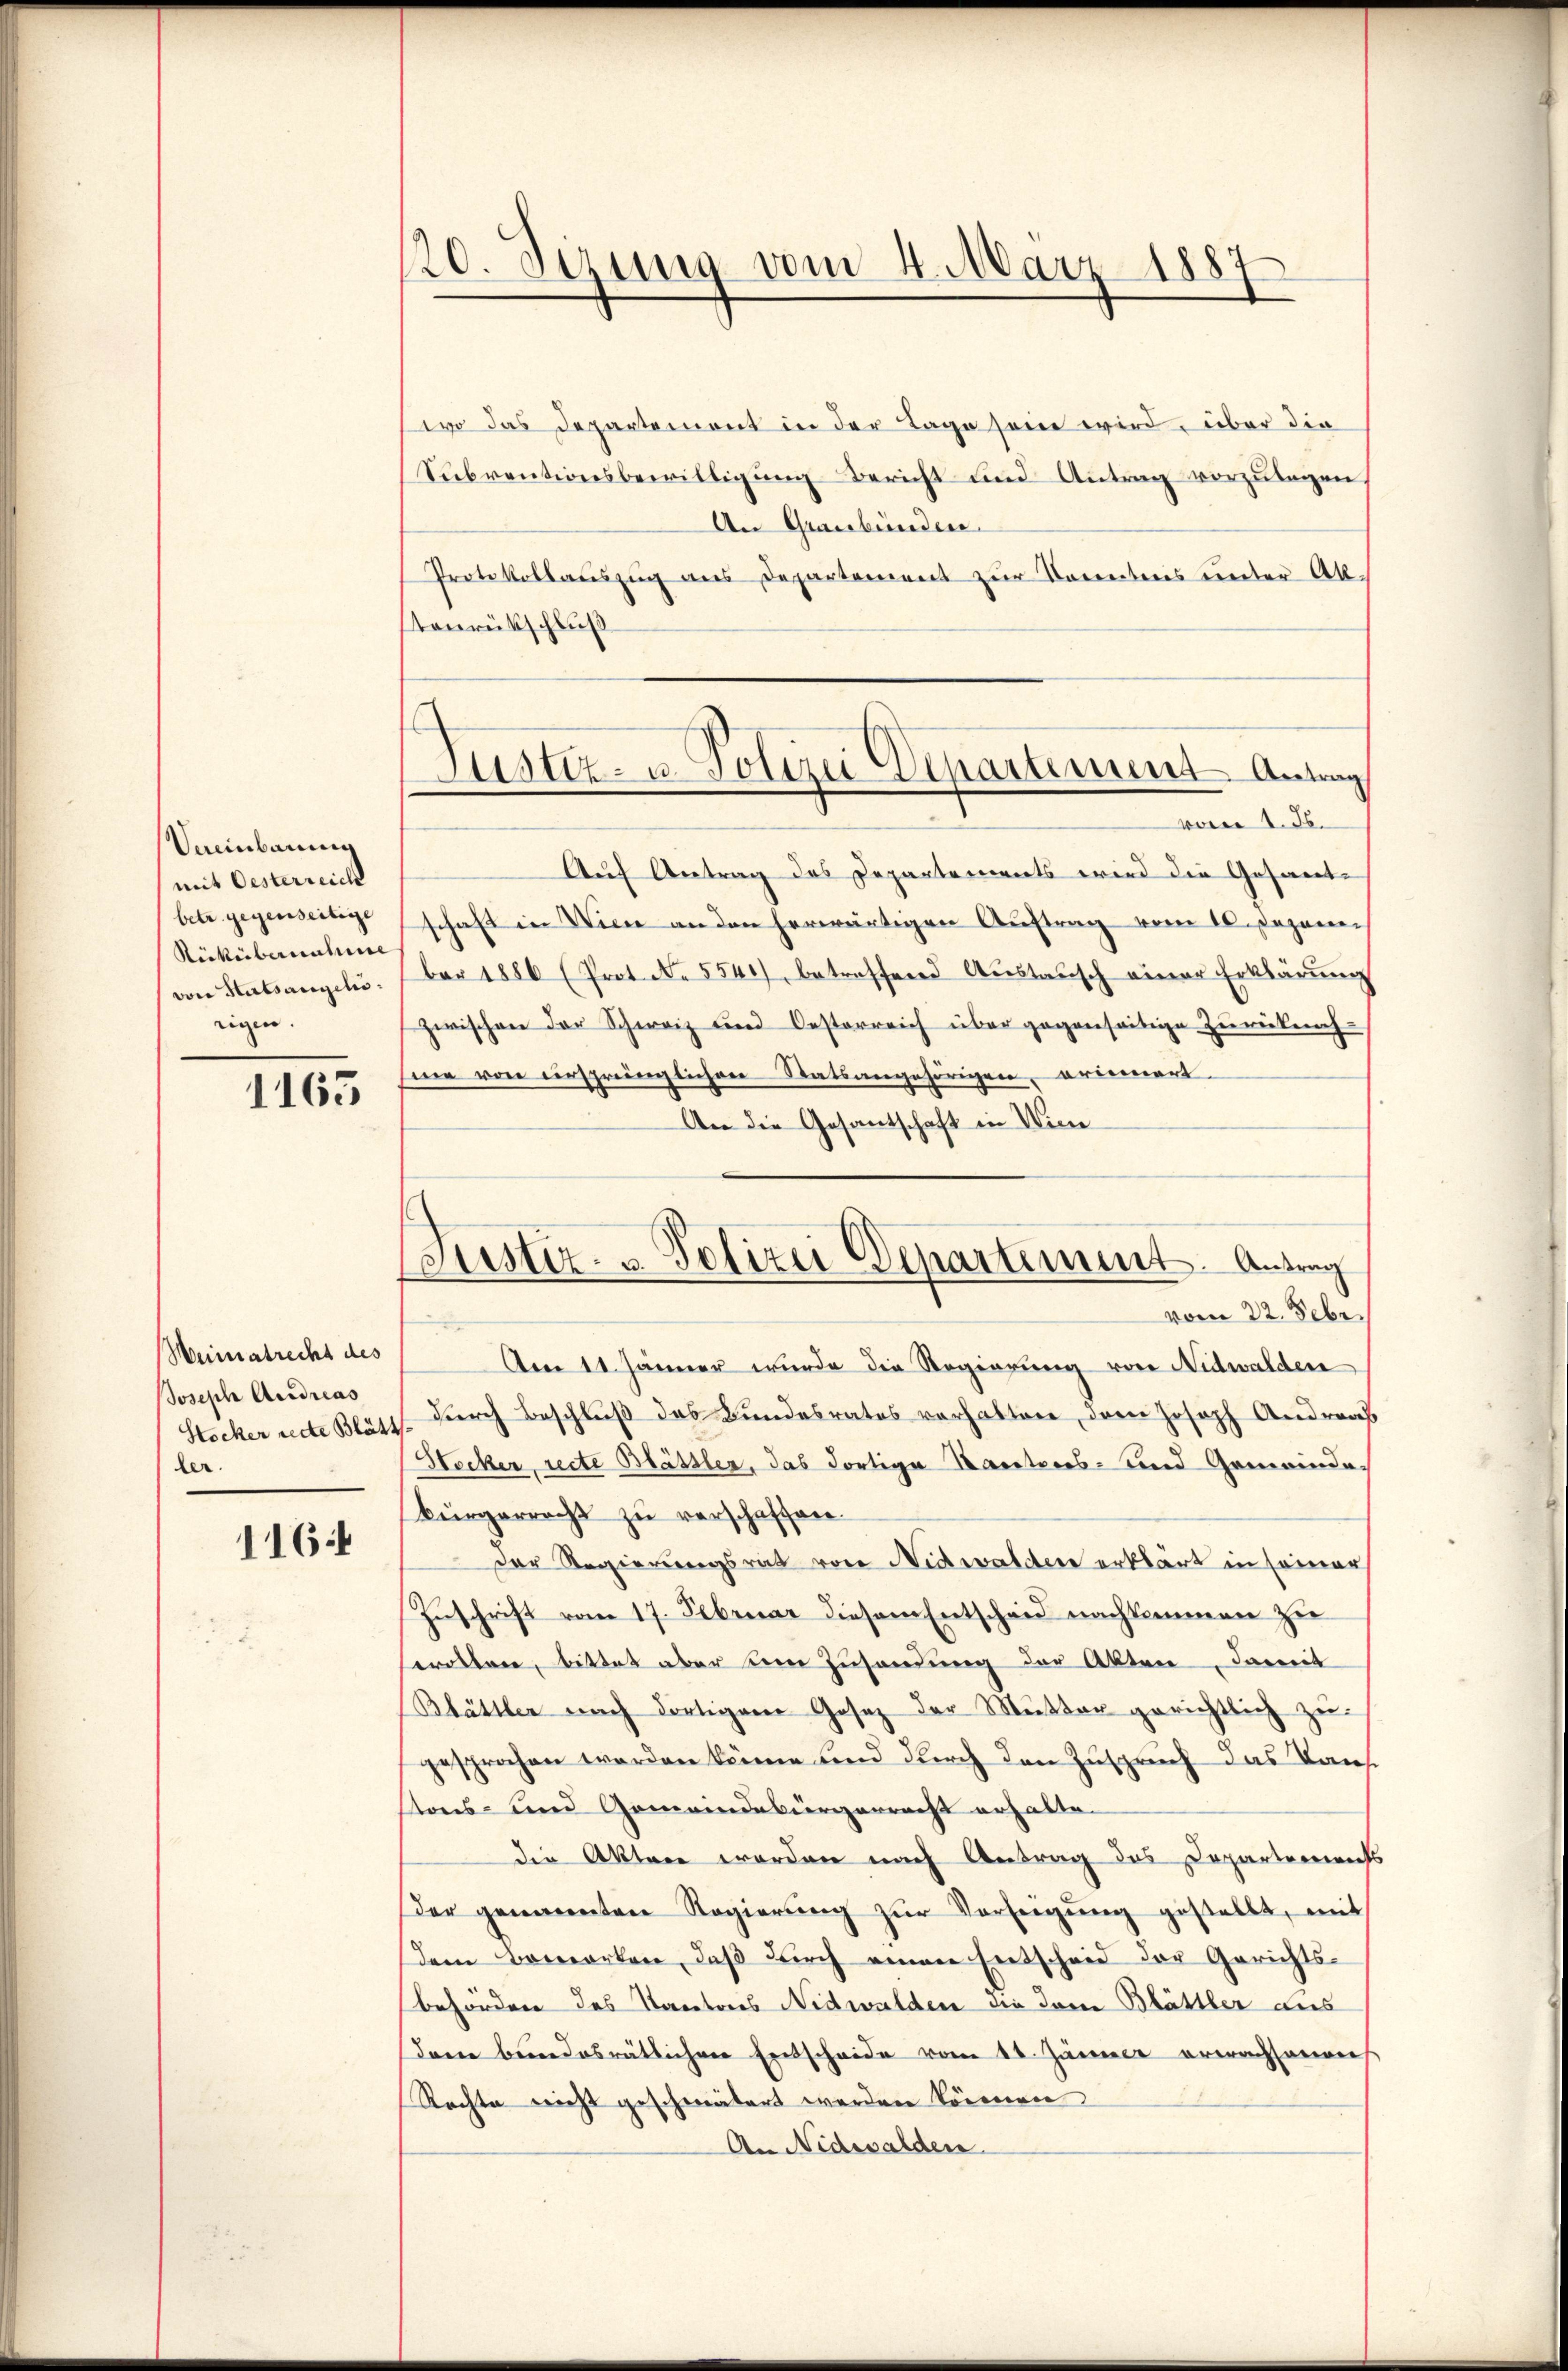
Vereinbarung
(mit Oesterreich
betr. gegenseitige
Rickübernahme
von Statsangeli
eigen.

1163

Weimatrecht des
Joseph Andreas
Stocker recte Blätt
ler.

1164

120. Sizung vom 4. März 1887
f

Puster- u. Polizei Departement Antrag

wo das Departemont in der Tage seine wird, über die
Sŭbventionsbewilligŭng Bericht und Antrag vorzŭlagen
An Graubünden
Protokollaŭszŭg ans Departement zur Kenntnis unter Ak
Stonrückschluß
5
vom 1. J.
Auf Antrag des Departements wird die Gesamt-
schaft in Wien an den herwärtigen Auftrag vom 16. Japaner
ber 1886 (Prot. No. 5541), betreffend Austausch einer Erklärung
zwischen der Schweiz und Oesterreich über gegenseitige Zurückung
me von urspringlichen Statsangehörigen, erinnert.
An die Gesantschaft in Wien
vom 22. Febr.
Aen 11. Jänner wurde die Regierŭng von Nidwalden
durch Beschluß das Bundesrates vorhalten, dem Joseph Andreas
Stocker, recte Blässler, das dortige Kantons- und Gemeinde
Bürgerrecht zu verschaffen.
Der Regierungsrat von Nidwalder erklärt in seiner
Zuschrift vom 17. Februar diesem Entscheid nachkommen zie
serollen, bittet aber sein Zusendung der Akten, damit
Blättler nach dortigen Gesetz der Mutter gerichtlich zu
gesprochen werden könne und durch den Zuspruch das Taus
tons- und Gemeindesurgerrecht erhalte.
die Akten worden nach Antrag des Departements
der genannten Regierŭng zŭr Verfeigŭng gestellt, mit
dem Bemerken, daß durch einen Entscheid der Gerichtsbehördere des Nanetores Nidwalden die Dame Blättler aus
dann bundesrätlichen Entscheide vom 11. Jänner erwachsamens
Rechte nicht geschmälert werden können
An Nidwalden.

ustiz- u. Polizei Departement. Antrag